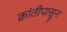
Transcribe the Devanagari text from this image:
क्रांतीपासून